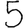
Digit: 5